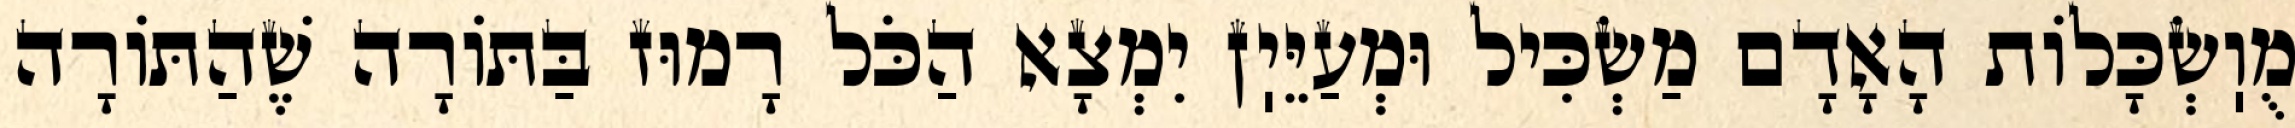
מֻוֽשְׂכָּלוֹת הָאָדָם מַשְׂכִּיל וּמְעַיֵּיֽן יִמְצָא הַכֹּל רָמוּז בַּתּוֹרָה שֶׁהַתּוֹרָה